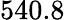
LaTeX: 540.8